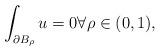
LaTeX: \begin{align*} \int_{\partial B_\rho}u=0 \forall \rho \in (0,1), \end{align*}